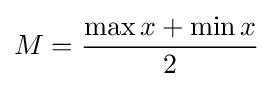
M={\frac {\max x+\min x}{2}}